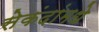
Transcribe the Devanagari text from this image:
सेकंदांमधे